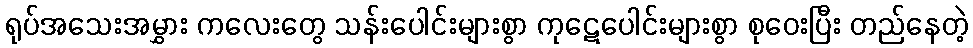
ရုပ်အသေးအမွှား ကလေးတွေ သန်းပေါင်းများစွာ ကုဋေပေါင်းများစွာ စုဝေးပြီး တည်နေတဲ့